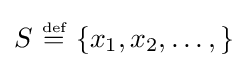
S~{\stackrel {\scriptscriptstyle {\text{def}}}{=}}~\{x_{1},x_{2},\ldots ,\}